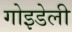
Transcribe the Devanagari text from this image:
गोइडेली